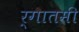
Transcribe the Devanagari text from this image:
र्गातमी